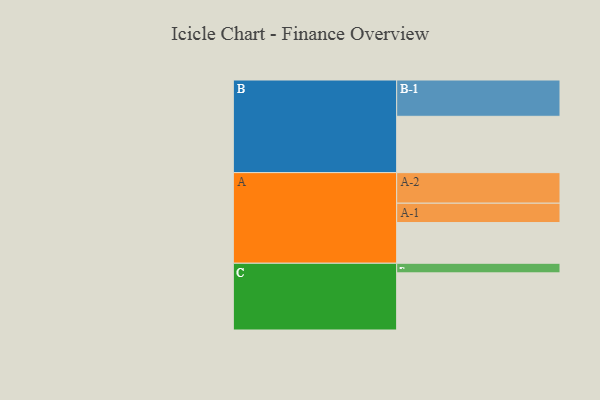
{"axis": {"x": "Segment", "y": "Value"}, "legend": ["", "A", "B", "C"], "data": [{"x": "A", "y": 305, "type": ""}, {"x": "B", "y": 422, "type": ""}, {"x": "C", "y": 428, "type": ""}, {"x": "A-1", "y": 145, "type": "A"}, {"x": "A-2", "y": 229, "type": "A"}, {"x": "B-1", "y": 272, "type": "B"}, {"x": "C-1", "y": 72, "type": "C"}]}